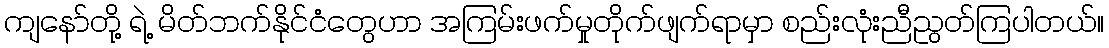
ကျနော်တို့ ရဲ့ မိတ်ဘက်နိုင်ငံတွေဟာ အကြမ်းဖက်မှုတိုက်ဖျက်ရာမှာ စည်းလုံးညီညွတ်ကြပါတယ်။